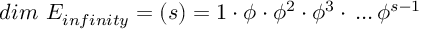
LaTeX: d i m ~ E _ { i n f i n i t y } = ( s ) = 1 \cdot \phi \cdot \phi ^ { 2 } \cdot \phi ^ { 3 } \cdot \, . . . \, \phi ^ { s - 1 }